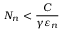
N _ { n } < { \frac { C } { \gamma \varepsilon _ { n } } }